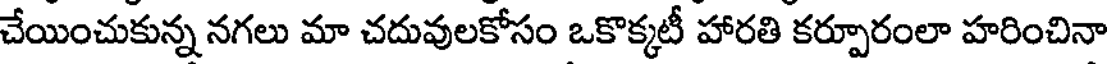
చేయించుకున్న నగలు మా చదువులకోసం ఒకొక్కటీ హారతి కర్పూరంలా హరించినా